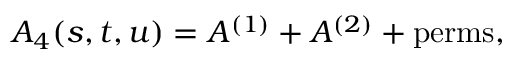
A _ { 4 } ( s , t , u ) = A ^ { ( 1 ) } + A ^ { ( 2 ) } + \mathrm { p e r m s } ,